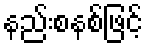
နည်းစနစ်ဖြင့်